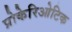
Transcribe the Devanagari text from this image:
प्रोकेरिओटिक